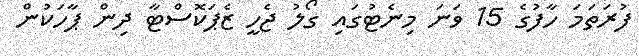
ފުރަތަމަ ހާފުގެ 15 ވަނަ މިނެޓުގައި ގޯލު ޖެހީ ޒެޕަކޮސްޓާ ދިން ޕާހަކުން